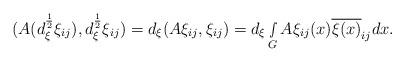
LaTeX: \begin{align*} (A(d_\xi^{\frac{1}{2}}\xi_{ij}),d_\xi^{\frac{1}{2}}\xi_{ij})=d_\xi(A\xi_{ij},\xi_{ij})=d_\xi\smallint\limits_{G}A\xi_{ij}(x)\overline{\xi(x)}_{ij}dx.\end{align*}